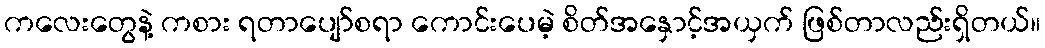
ကလေးတွေနဲ့ ကစား ရတာပျော်စရာ ကောင်းပေမဲ့ စိတ်အနှောင့်အယှက် ဖြစ်တာလည်းရှိတယ်။